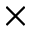
\times